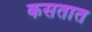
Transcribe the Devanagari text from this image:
कसतात